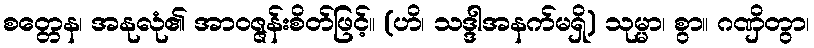
စတ္တေန၊ အနုလုံ၏ အာဝဇ္ဇန်းစိတ်ဖြင့်။ (ဟိ၊ သဒ္ဒါအနက်မရှိ) သုမ္မာ၊ စွာ။ ဂဏှိတွာ၊